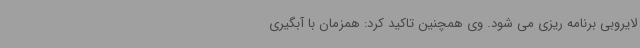
لایروبی برنامه ریزی می شود. وی همچنین تاکید کرد: همزمان با آبگیری